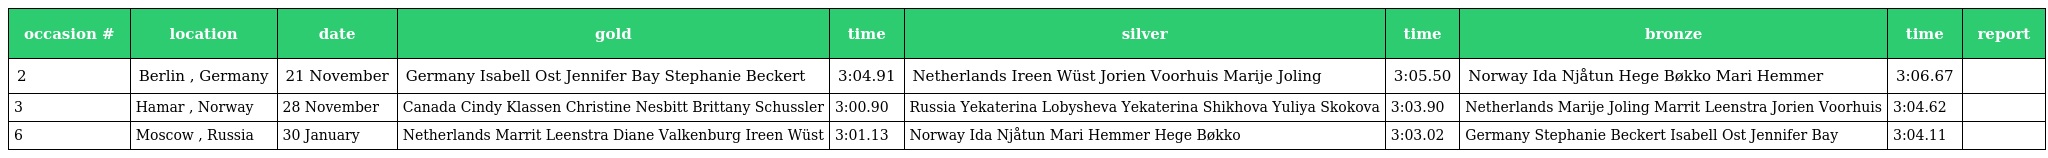
| occasion # | location | date | gold | time | silver | time | bronze | time | report |
 | --- | --- | --- | --- | --- | --- | --- | --- | --- | --- |
 | 2 | Berlin , Germany | 21 November | Germany Isabell Ost Jennifer Bay Stephanie Beckert | 3:04.91 | Netherlands Ireen Wüst Jorien Voorhuis Marije Joling | 3:05.50 | Norway Ida Njåtun Hege Bøkko Mari Hemmer | 3:06.67 |  |
 | 3 | Hamar , Norway | 28 November | Canada Cindy Klassen Christine Nesbitt Brittany Schussler | 3:00.90 | Russia Yekaterina Lobysheva Yekaterina Shikhova Yuliya Skokova | 3:03.90 | Netherlands Marije Joling Marrit Leenstra Jorien Voorhuis | 3:04.62 |  |
 | 6 | Moscow , Russia | 30 January | Netherlands Marrit Leenstra Diane Valkenburg Ireen Wüst | 3:01.13 | Norway Ida Njåtun Mari Hemmer Hege Bøkko | 3:03.02 | Germany Stephanie Beckert Isabell Ost Jennifer Bay | 3:04.11 |  |